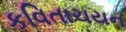
કવિતાચયન